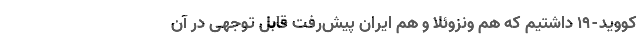
کووید-۱۹ داشتیم که هم ونزوئلا و هم ایران پیش‌رفت قابل توجهی در آن